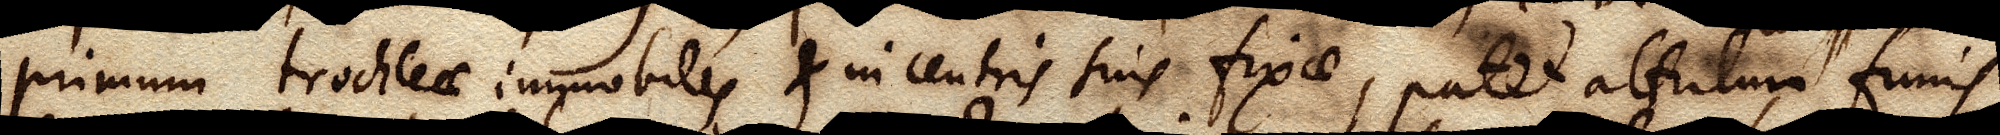
primum trochleae immobiles & in centris suis fixae, patet attritum funis